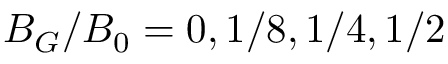
B _ { G } / B _ { 0 } = 0 , 1 / 8 , 1 / 4 , 1 / 2